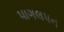
પાગલપન